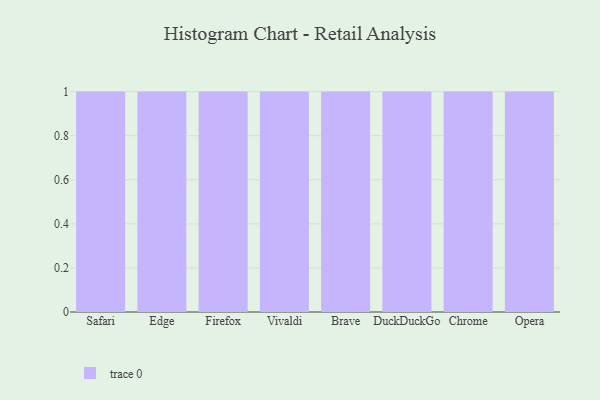
{"axis": {"x": "Browser", "y": "Tickets Resolved"}, "legend": [""], "data": [{"x": "Safari", "y": 49, "type": ""}, {"x": "Edge", "y": 99, "type": ""}, {"x": "Firefox", "y": 39, "type": ""}, {"x": "Vivaldi", "y": 45, "type": ""}, {"x": "Brave", "y": 73, "type": ""}, {"x": "DuckDuckGo", "y": 1, "type": ""}, {"x": "Chrome", "y": 28, "type": ""}, {"x": "Opera", "y": 81, "type": ""}]}